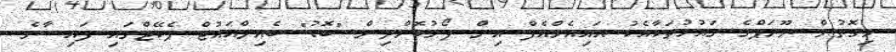
މިގޮތުން ޔޫރަޕްގެ ގައުމުތަކާއެކު އައިއެމްއެފް އިން ފޯރުކޮށްދިން "ބޮޑު" ބެއިލްއައުޓް ޕެކޭޖްގައި ފައިސާގެ